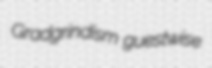
Gradgrindism guestwise